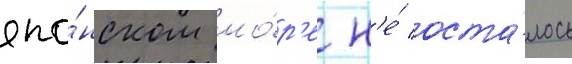
япо́нском мо́р'е н'е́ оста́лось